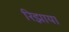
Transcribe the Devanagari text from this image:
रिझाया